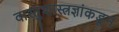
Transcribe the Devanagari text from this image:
वास्तुशास्त्रज्ञांकडून